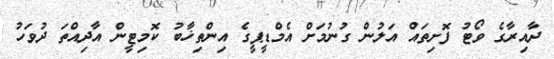
ދާއިރާގެ ވޯޓު ފޮށިތައް އަލުން ގުނުމަށް އެމްޑީޕީގެ އިންތިޚާބު ކޮމިޓީން އާދިއްތަ ދުވަހު